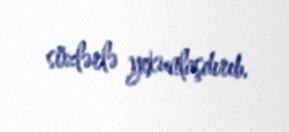
sözlərlə yekunlaşdırıb.